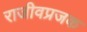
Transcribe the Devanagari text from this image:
राजीवप्रजक